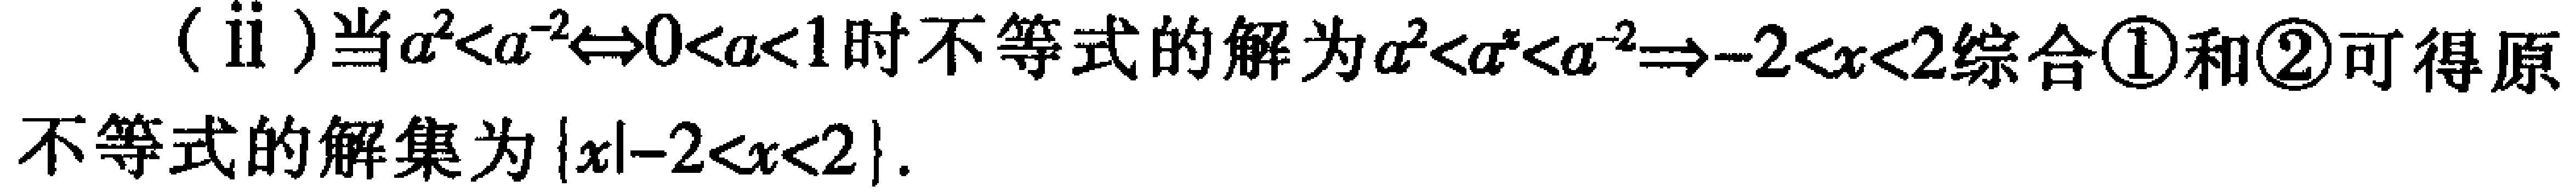
(ii)当\(a^{2}<a^{-2}\Leftrightarrow 0 < a < 1\)时不等式的解为\(a^{2}<a^{x}<a^{-2}\Rightarrow -2 < x < 2\)综合\textcircled{1}和\textcircled{2}可得原不等式的解集为\(\{x|-2 < x < 2\}\).